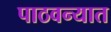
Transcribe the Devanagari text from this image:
पाठवन्यात